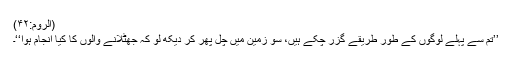
(الروم:۴۲)
’’تم سے پہلے لوگوں کے طور طریقے گزر چکے ہیں، سو زمین میں چل پھر کر دیکھ لو کہ جھٹلانے والوں کا کیا انجام ہوا‘‘۔